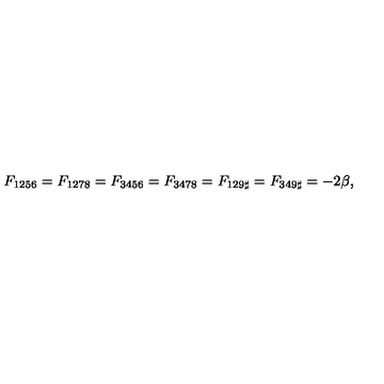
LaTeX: F _ { 1 2 5 6 } = F _ { 1 2 7 8 } = F _ { 3 4 5 6 } = F _ { 3 4 7 8 } = F _ { 1 2 9 \sharp } = F _ { 3 4 9 \sharp } = - 2 \beta ,